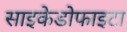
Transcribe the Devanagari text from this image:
साइकेडोफाइटा